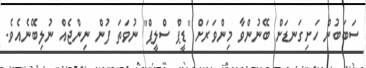
ސަބަބުން ހަށިގަނޑަށް ބޭނުންވާ މިންވަރަށް "ޑީޕް ސްލީޕް" ނުވަތަ ފުން ނިންޖެއް ނުލިބޭނެއެވެ.